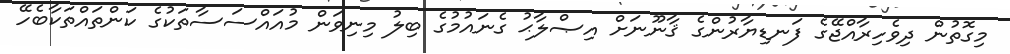
މިގޮތުން ދިވެހިރާއްޖޭގެ ފަނޑިޔާރުންގެ ޤާނޫނަށް އިޞްލާޙު ގެނައުމުގެ ބިލު މިނިވަން މުއައްސަސާތަކުގެ ކަންތައްތަކާބެހޭ